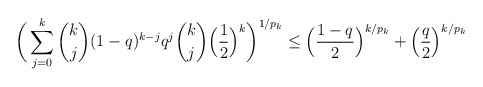
\begin{align*}\bigg(\sum_{j=0}^{k} \dbinom{k}{j} (1-q)^{k-j} q^j \dbinom{k}{j}\Big(\frac{1}{2}\Big)^k \bigg)^{1/p_k} \leq \Big(\frac{1-q}{2}\Big)^{k/p_k} + \Big(\frac{q}{2}\Big)^{k/p_k}\end{align*}